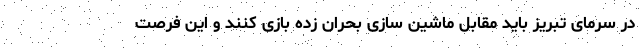
در سرمای تبریز باید مقابل ماشین سازی بحران زده بازی کنند و این فرصت